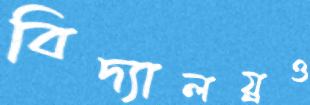
বিদ্যালয়্রও